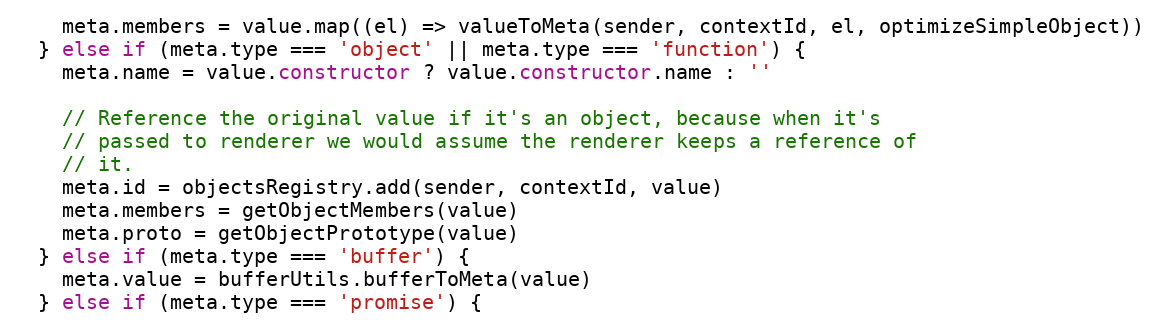
Language: JavaScript
    meta.members = value.map((el) => valueToMeta(sender, contextId, el, optimizeSimpleObject))
  } else if (meta.type === 'object' || meta.type === 'function') {
    meta.name = value.constructor ? value.constructor.name : ''

    // Reference the original value if it's an object, because when it's
    // passed to renderer we would assume the renderer keeps a reference of
    // it.
    meta.id = objectsRegistry.add(sender, contextId, value)
    meta.members = getObjectMembers(value)
    meta.proto = getObjectPrototype(value)
  } else if (meta.type === 'buffer') {
    meta.value = bufferUtils.bufferToMeta(value)
  } else if (meta.type === 'promise') {